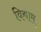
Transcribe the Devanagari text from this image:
विद्याम्